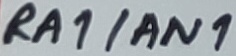
Text: RA1/AN1